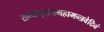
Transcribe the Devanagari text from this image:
सम्यग्ज्ञानमहामन्त्रवेदिनं